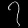
Digit: ၇